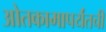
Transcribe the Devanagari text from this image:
ओतकामापर्यंतची